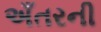
અઁતરની